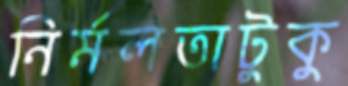
নির্মলতাটুকু